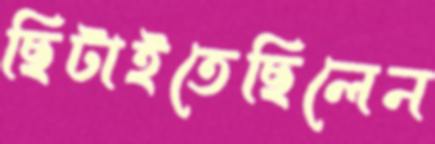
ছিটাইতেছিলেন